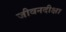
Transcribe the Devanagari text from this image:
जीवनदीक्षा